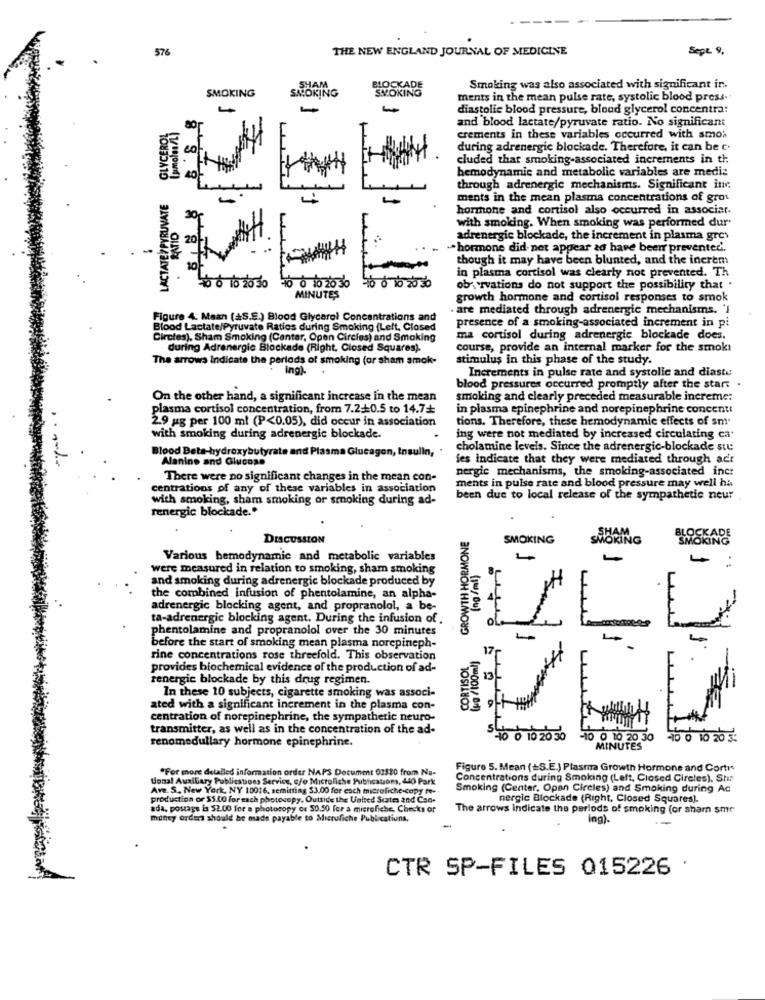
576
THE NEW ENGLAND JOURNAL OF MEDICINE
Sept. 9.
SMOKING
SMOKING
SHAM
SMOKING
Smoking was also associated with significant in.
ments in the mean pulse rate, systolic blood press."
diastolic blood pressure, blood glycerol concentra:
and blood lactate/pyruvate ratio. No significant
GLYCE
crements in these variables occurred with smoa
during adrenergic blockade. Therefore, it can be c.
cluded that smoking-associated increments in th:
hemodynamic and metabolic variables are medic
8 8 8
through adrenergic mechanisms. Significant inc
LACTATE PYRUVATE
8 8 8
ments in the mean plasma concentrations of grot
hormone and cortisol also occurred in associar.
with smoking. When smoking was performed dur
adrenergic blockade, the increment in plasma grey
-
" hormone did not appear ed have beenr prevented'.
though it may have been blunted, and the increm
40 0 10 20 30 -10 0 10 20 36
in plasma cortisol was clearly not prevented. Th
5 0 10 20 50
observations do not support the possibility that .
MINUTES
growth hormone and cortisol responses to smok
. are mediated through adrenergic mechanisms. 'I
Figure 4. Maan (#S.E.) Blood Glycerol Concentrations and
presence of a smoking-associated increment in pi
Blood Lactate/Pyruvate Ratios during Smoking (Left, Closed
Circles), Sham Smoking (Cantar, Open Circles) and Smoking
ma cortisol during adrenergic blockade does.
during Adranergic Blockade (Right, Closed Squares).
course, provide an internal marker for the smok!
The arrows Indicate the periods of smoking (or sham smok-
stimulus in this phase of the study.
.ing)-
Increments in pulse rate and systolic and diaste
blood pressures occurred promptly after the start
On the other hand, a significant increase in the mean
smoking and clearly preceded measurable increme:
plasma cortisol concentration, from 7.2+0.5 to 14.7+
in plasma epinephrine and norepinephrine concentt
2.9 ug per 100 ml (P<0.05), did occur in association
tions. Therefore, these hemodynamic effects of sm.
with smoking during adrenergic blockade.
ing were not mediated by increased circulating ca
Blood Beta-hydroxybutyrate and Plasma Glucagon, Insulin
cholamine levels. Since the adrenergic-blockade ste
Alanine and Glucose
fes indicate that they were mediated through adr
nergic mechanisms, the smoking-associated inc:
There were no significant changes in the mean con-
ments in pulse rate and blood pressure may well ha
centrations of any of these variables in association
with smoking, sham smoking or smoking during ad-
been due to local release of the sympathetic neur
renergic blockade."
GROWTH HORMONE
DISCUSSION
SMOKING
SMOKING
SMOKING
Various hemodynamic and metabolic variables
.
were measured in relation to smoking, sham smoking
and smoking during adrenergic blockade produced by
the combined infusion of phentolamine, an alpha-
adrenergic blocking agent, and propranolol, a be-
ta-adrenergic blocking agent. During the infusion of
phentolamine and propranolol over the 30 minutes
before the start of smoking mean plasma norepineph-
rine concentrations rose threefold. This observation
CORTISOL
provides biochemical evidence of the production of ad-
renergie blockade by this drug regimen.
In these 10 subjects, cigarette smoking was associ-
ated with a significant increment in the plasma con-
centration of norepinephrine, the sympathetic neuro-
transmitter, as well as in the concentration of the ad-
renomedullary hormone epinephrine.
590 0 10 20 30
-10 0 10 20 30 -10 0 10 20
MINUTES
"For more detailed information order NAPS Document 02320 from Na-
Figure 5. Mean (+S.E.) Plasma Growth Hormone and Corti
tonal Auxiliary Publications Service, c/o Microliche Putheations, 440 Park
Concentrations during Smoking (Left, Closed Circles). Stir
Ave. S. New York, NY 10016, semiting $3.00 for each microfiche-copy fe-
Smoking (Center, Open Circles) and Smoking during Ac
production or $5.00 for each photocopy, Outside the United States and Can-
nergic Blockade (Right, Closed Squares].
ada, postage is 52.00 for a photocopy or 50.50 for a microfiche, Checks of
The arrows indicate the periods of smoking (or shamn smr
money order should be made payable to Microfiche Publications,
ing).
CTR SP-FILES 015226 .